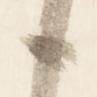
候